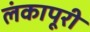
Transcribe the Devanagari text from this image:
लंकापूरी